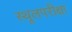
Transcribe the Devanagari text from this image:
स्थूलपरीक्षा